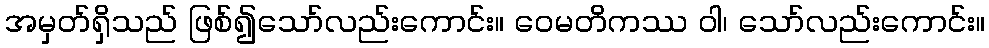
အမှတ်ရှိသည် ဖြစ်၍သော်လည်းကောင်း။ ဝေမတိကဿ ဝါ၊ သော်လည်းကောင်း။